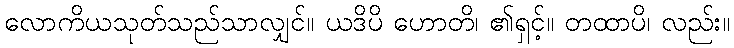
လောကိယသုတ်သည်သာလျှင်။ ယဒိပိ ဟောတိ၊ ၏ရှင့်။ တထာပိ၊ လည်း။